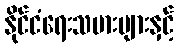
နိုင်ငံရေးသမားများနှင့်